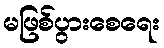
မဖြစ်ပွားစေရေး